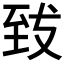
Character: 𮍠